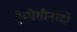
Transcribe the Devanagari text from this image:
ऐम्पैसीनादो